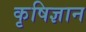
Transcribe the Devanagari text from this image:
कृषिज्ञान